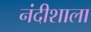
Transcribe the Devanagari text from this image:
नंदीशाला